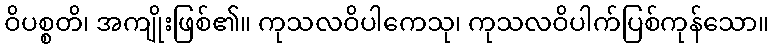
ဝိပစ္စတိ၊ အကျိုးဖြစ်၏။ ကုသလဝိပါကေသု၊ ကုသလဝိပါက်ပြစ်ကုန်သော။